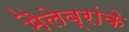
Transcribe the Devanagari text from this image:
मैलेब्रांके